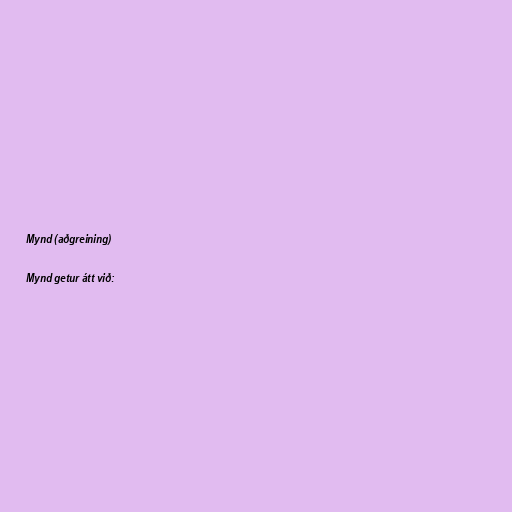
Mynd (aðgreining)

Mynd getur átt við: